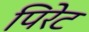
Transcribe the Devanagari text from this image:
पिरेट